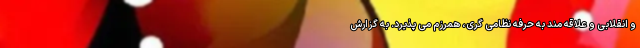
و انقلابی و علاقه مند به حرفه نظامی گری، همرزم می پذیرد. به گزارش